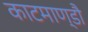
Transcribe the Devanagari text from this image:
काटमाण्डौ